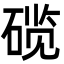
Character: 𬒗